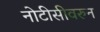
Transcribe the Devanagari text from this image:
नोटीसीवरुन